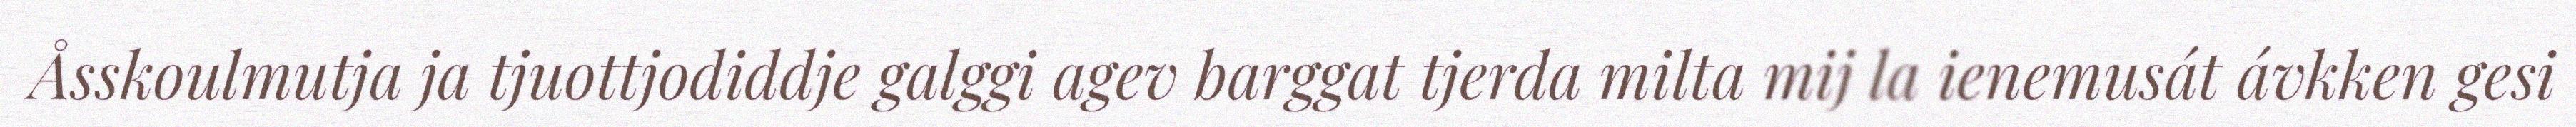
Åsskoulmutja ja tjuottjodiddje galggi agev barggat tjerda milta mij la ienemusát ávkken gesi